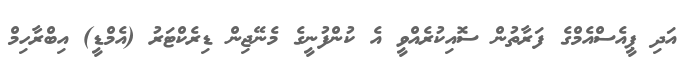
އަދި ޕީއެސްއެމްގެ ފަރާތުން ސޮއިކުރެއްވީ އެ ކުންފުނީގެ މެނޭޖިން ޑިރެކްޓަރު (އެމްޑީ) އިބްރާހިމް